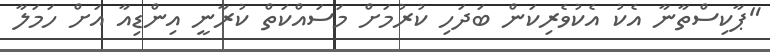
"ޕާކިސްތާނާ އެކު އެކުވެރިކަން ބަދަހި ކުރުމަށް މަސައްކަތް ކުރާނީ އިންޑިއާ އަށް ހަމަލާ